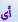
أي